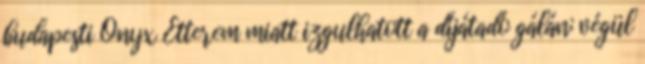
budapesti Onyx Étterem miatt izgulhatott a díjátadó gálán; végül